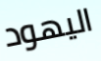
اليهود